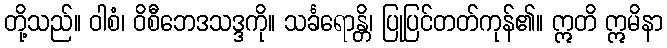
တို့သည်။ ဝါစံ၊ ဝိစီဘေဒသဒ္ဒကို။ သင်္ခရောန္တိ၊ ပြုပြင်တတ်ကုန်၏။ ဣတိ ဣမိနာ